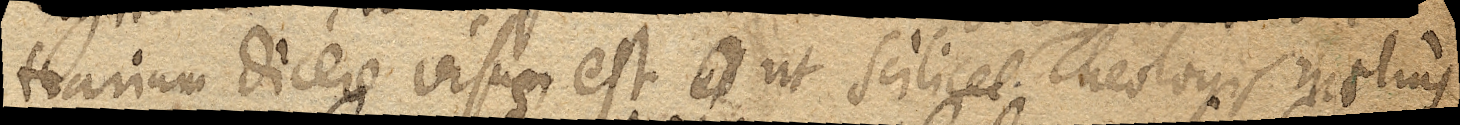
trarium dicere visus est, ut ut scilicet Theologis melius